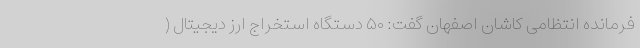
فرمانده انتظامی کاشان اصفهان گفت: ۵۰ دستگاه استخراج ارز دیجیتال (